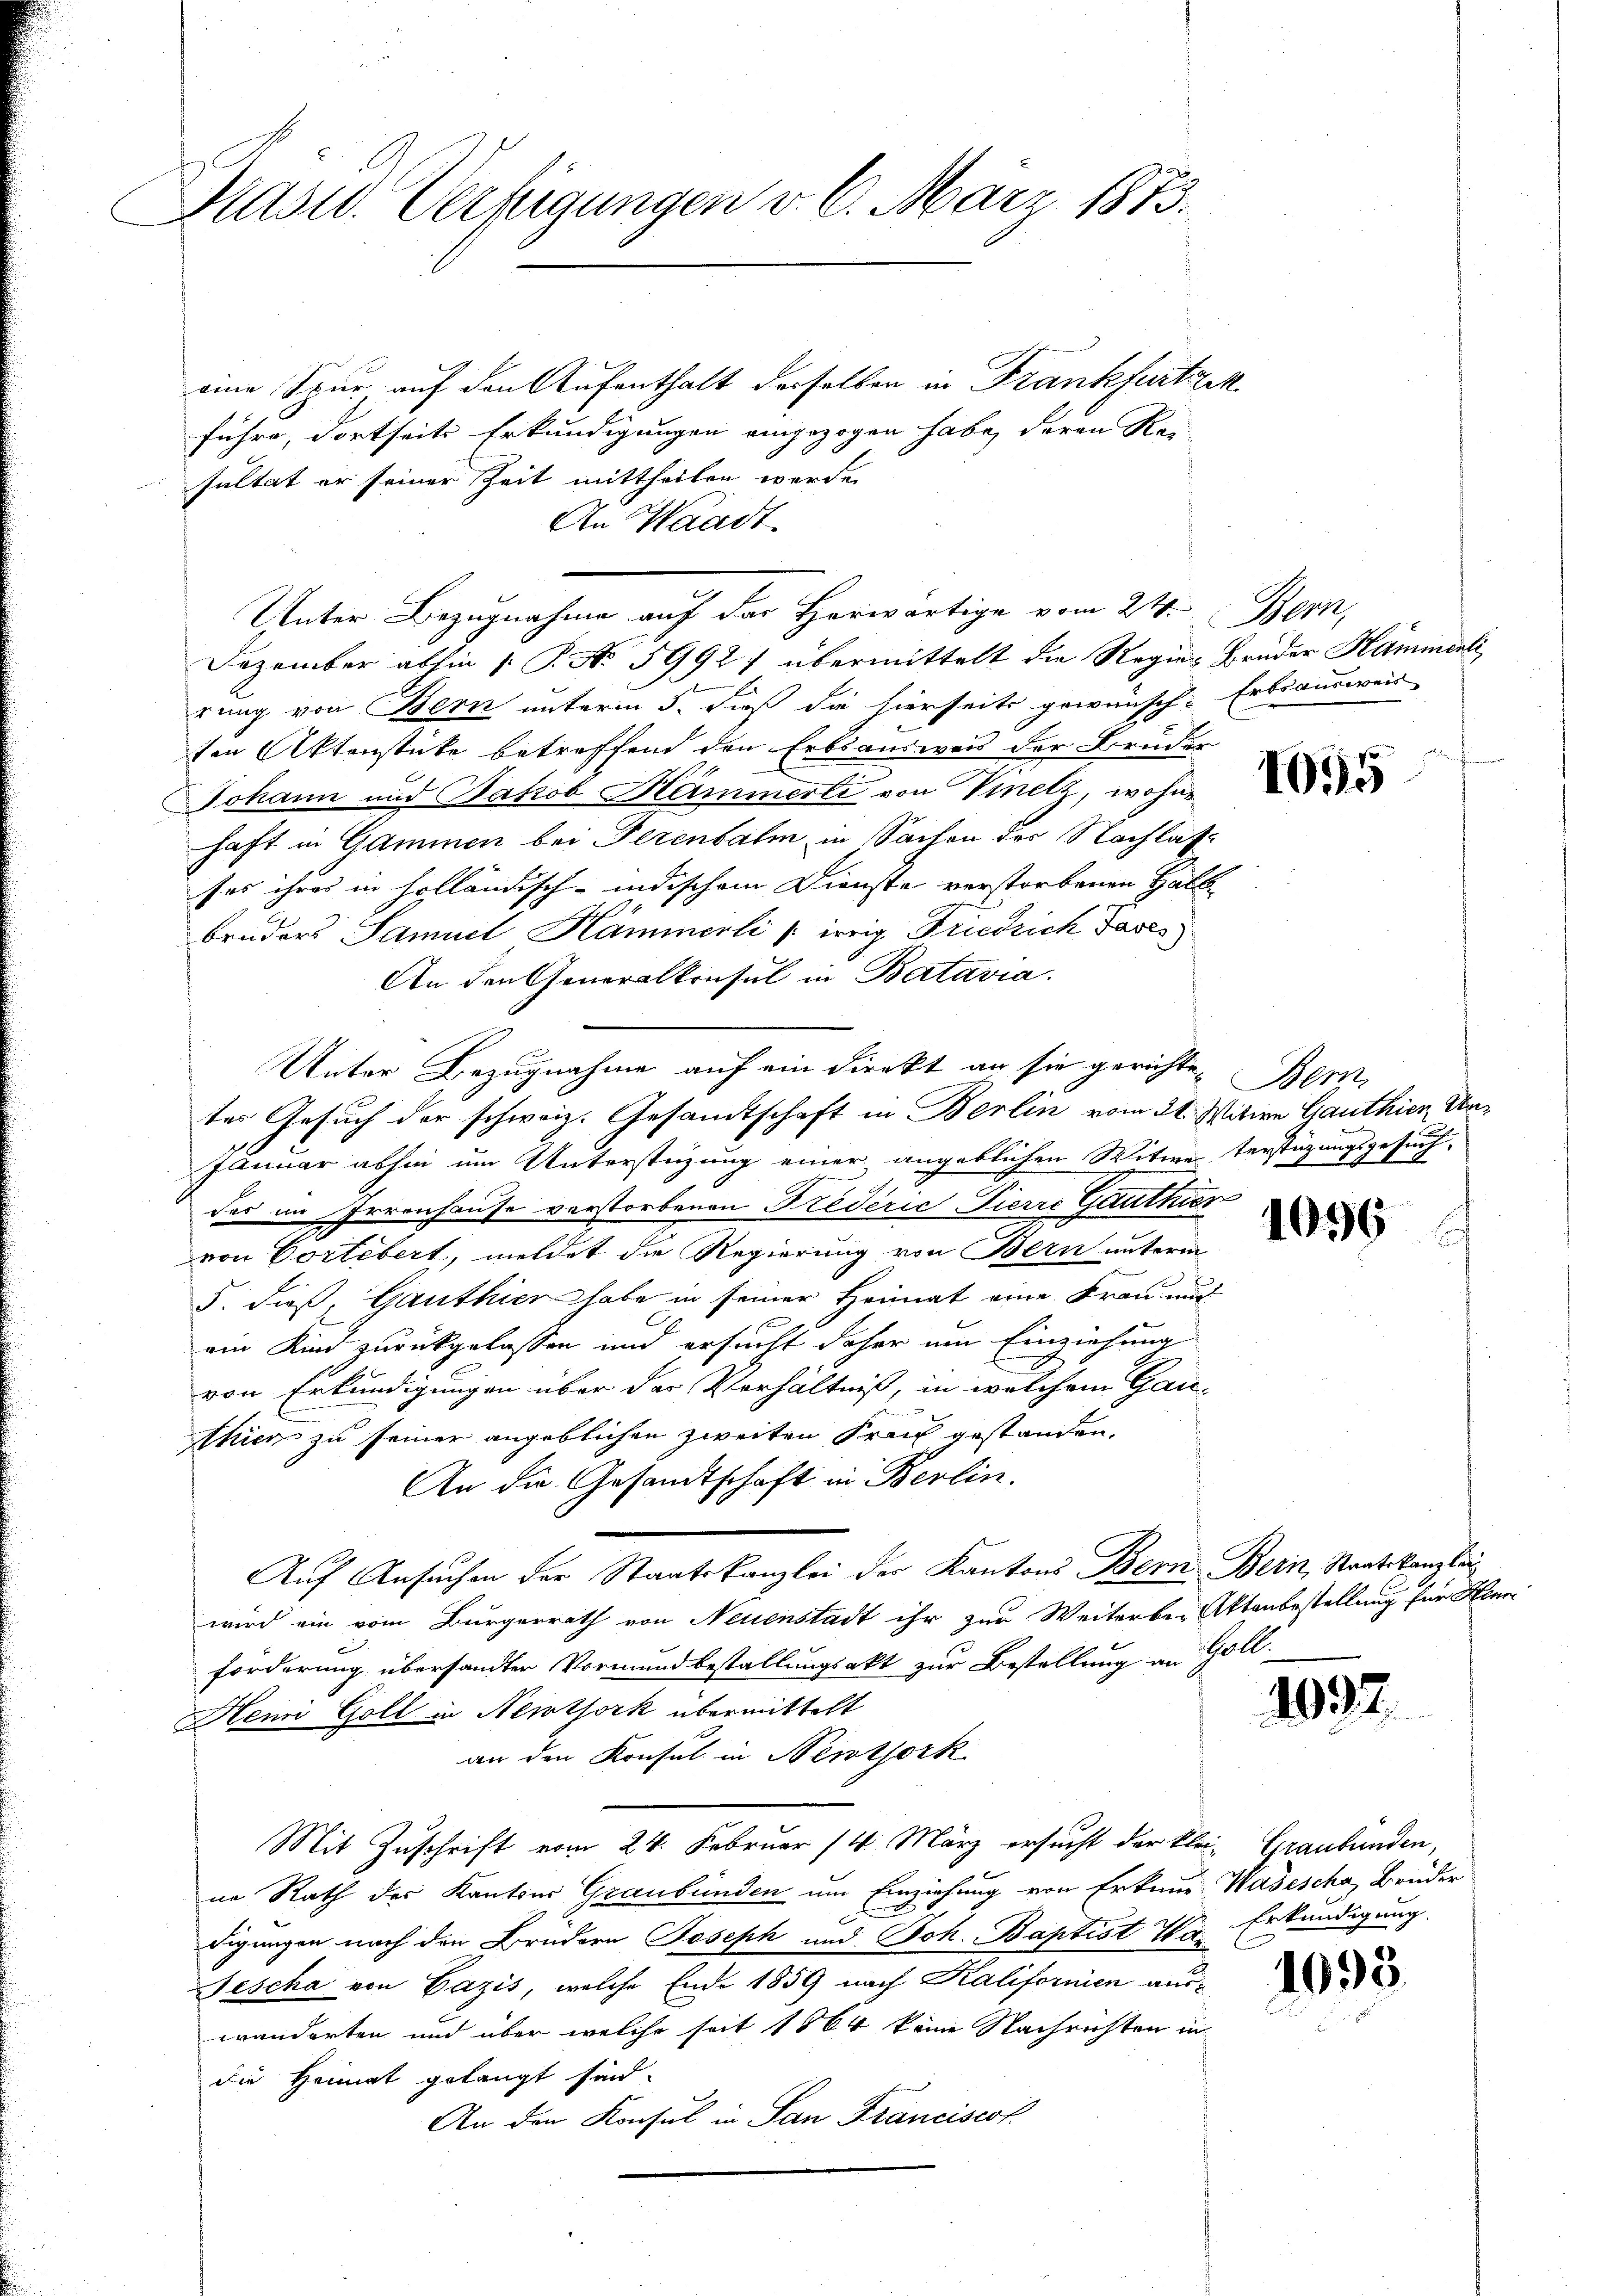
Masid. Verfügungen v. 6. März 1873.

eine Spur auf den Aufenthalt derselben in Frankfurtzen.
führe, dortseits Erkundigungen eingezogen habe, deren Rei
sultat er seiner Zeit mittheilen werde.
An Waadt.
Unter Bezugnahme auf der Horwärtige vom 24. Bern,
Dezember abhin (T. No 5992) übermittelt die Regier Bruder Hammerli
rung von Bern unterm 5. dieß die hierseits gewünsche Erbsausweis
ten Aktenstücke betreffend den Erbsausweis der Bruder
Johann und Jakob Hämmerli von Vinetz, wohne
haft in Gammen bei Terenbalm in Sachen der Nachlasses ihres in holländisch-indischem Dienste verstorbenen Halb
bruders Samuel Hämmerli / irrig Friedrich Fases
An den Generalkonsul in Batavia.
Unter Bezugnahme auf ein Direkt an sie gerichten Bern
tes Gesuch der schweiz. Gesamtschaft in Berlin vom 21. Witwe Ganthien U
Januar abhin um Unterstüzung einer angeblichen Witwe Verstüzungsgesuch
das im Irrenhause verstorbenen Friderić Pierre Ganthier
von Cortebert, meldet die Regierung von Bern unterm
5. dieß, Ganthier habe in seiner Heimat eine Frau nur
ein Kind zurückgelassen und ersucht daher um Einziehung
von Erkundigungen über der Verhältniß, in welchem Ganthier zu seiner angeblichen zweiten Frau gestanden.
An die Gesandtschaft in Berlin.
Auf Ansuchen der Staatskanzlei der Kantons Bern Bern, Staatskanzlei
wird ein vom Bürgerrath von Neuenstadt ihr zur Weiterber Aktenbestellung für Henn
forderung übersandter Vormundbestallungsakt zur Bestellung an Goll.
Hemi Goll in Newtork übermittelt
an den Konsul in Newtork
Mit Zuschrift vom 24. Februar 14. März ersucht der klein Graubünden,
ne Rath der Kantons Graubünden um Einziehung von Erkung Wasescha, Brüder
digungen nach den Brudern Joseph und Joh. Baptist Ihr Erkundigung
Nescha von Gazis, welche Ende 1859 nach Kalifornien auswänderten und über welche seit 1864 keine Nachrichten in
die Heimat gelangt sind.
An den Konsul in San Francisest

1095

1096

1092.

1093